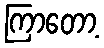
ကြာတော့